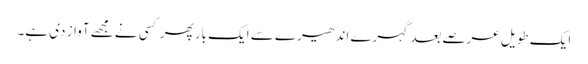
ایک طویل عرصے بعد گہرے اندھیرے سے ایک بار پھر کسی نے مجھے آواز دی ہے۔